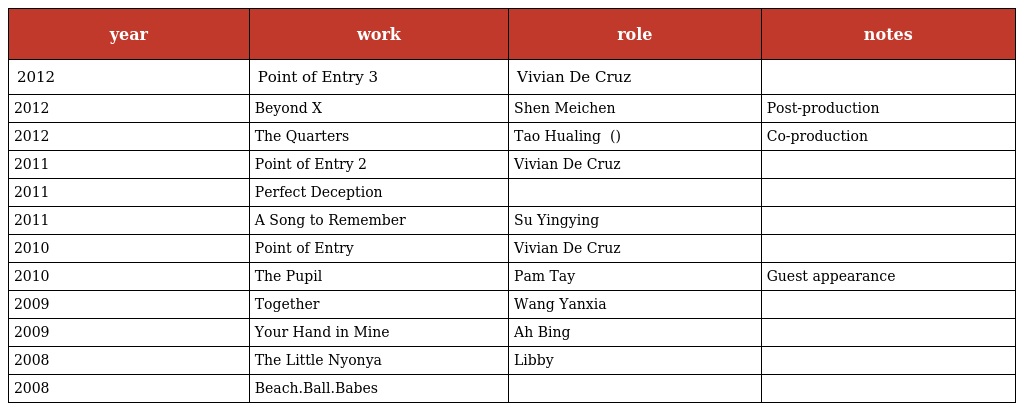
| year | work | role | notes |
 | --- | --- | --- | --- |
 | 2012 | Point of Entry 3 | Vivian De Cruz |  |
 | 2012 | Beyond X元素 | Shen Meichen 沈美辰 | Post-production |
 | 2012 | The Quarters 猪仔馆人家 | Tao Hualing 陶华玲 (桃花眼) | Co-production |
 | 2011 | Point of Entry 2 | Vivian De Cruz |  |
 | 2011 | Perfect Deception |  |  |
 | 2011 | A Song to Remember 星洲之夜 | Su Yingying |  |
 | 2010 | Point of Entry | Vivian De Cruz |  |
 | 2010 | The Pupil | Pam Tay | Guest appearance |
 | 2009 | Together 当我们同在一起 | Wang Yanxia |  |
 | 2009 | Your Hand in Mine 想握你的手 | Ah Bing 阿冰 |  |
 | 2008 | The Little Nyonya 小娘惹 | Libby |  |
 | 2008 | Beach.Ball.Babes 球爱大战 |  |  |